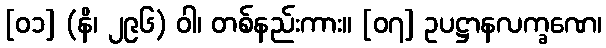
[၀၁] (နိ၊ ၂၉၆) ဝါ၊ တစ်နည်းကား။ [၀၇] ဥပဋ္ဌာနလက္ခဏေ၊